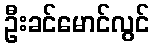
ဦးခင်မောင်လွင်